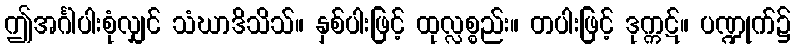
ဤအင်္ဂါပါးစုံလျှင် သံဃာဒိသိသ်။ နှစ်ပါးဖြင့် ထုလ္လစ္စည်း။ တပါးဖြင့် ဒုက္ကဋ်။ ပဏ္ဍုက်၌